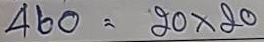
460 = 20 x 20